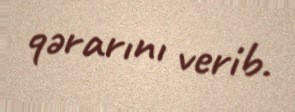
qərarını verib.